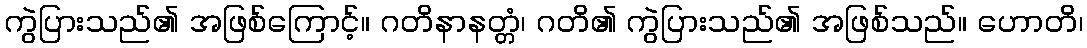
ကွဲပြားသည်၏ အဖြစ်ကြောင့်။ ဂတိနာနတ္တံ၊ ဂတိ၏ ကွဲပြားသည်၏ အဖြစ်သည်။ ဟောတိ၊